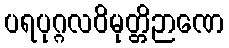
ပရပုဂ္ဂလဝိမုတ္တိဉာဏေ